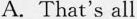
A. That's all